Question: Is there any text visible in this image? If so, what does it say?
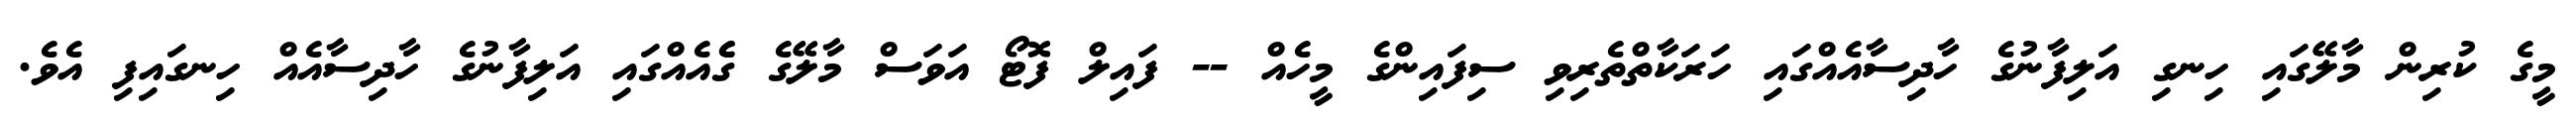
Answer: މީގެ ކުރިން މާލޭގައި ހިނގި އަލިފާނުގެ ހާދިސާއެއްގައި ހަރަކާތްތެރިވި ސިފައިންގެ މީހެއް -- ފައިލް ފޮޓޯ އަވަސް މާލޭގެ ގެެއެއްގައި އަލިފާނުގެ ހާދިސާއެއް ހިނގައިފި އެވެ.